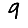
Digit: 9